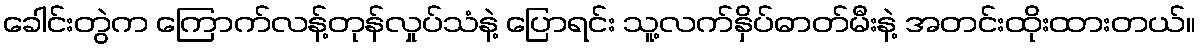
ခေါင်းတွဲက ကြောက်လန့်တုန်လှုပ်သံနဲ့ ပြောရင်း သူ့လက်နှိပ်ဓာတ်မီးနဲ့ အတင်းထိုးထားတယ်။